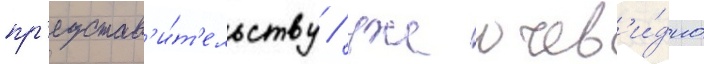
пр'едстав'и́т'ельству / уже очев'и́дно